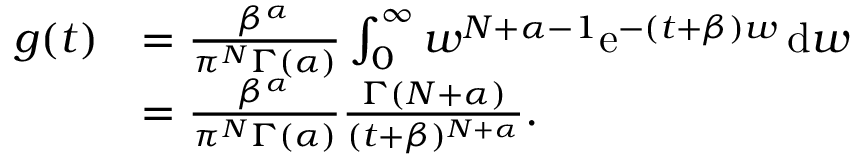
\begin{array} { r l } { g ( t ) } & { = \frac { \beta ^ { \alpha } } { \pi ^ { N } \Gamma ( \alpha ) } \int _ { 0 } ^ { \infty } w ^ { N + \alpha - 1 } \mathrm { e } ^ { - ( t + \beta ) w } \, \mathrm { d } w } \\ & { = \frac { \beta ^ { \alpha } } { \pi ^ { N } \Gamma ( \alpha ) } \frac { \Gamma ( N + \alpha ) } { ( t + \beta ) ^ { N + \alpha } } . } \end{array}